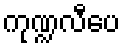
ကုဏ္ဍလီပေ